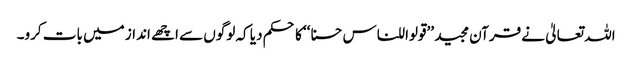
اللہ تعالیٰ نے قرآن مجید ’’قولوا للناس حسنا‘‘ کا حکم دیا کہ لوگوں سے اچھے انداز میں بات کرو۔